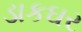
ડાકઘર